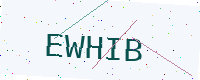
Text: EWHIB